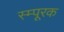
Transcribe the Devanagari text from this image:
स्म्पूरक